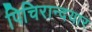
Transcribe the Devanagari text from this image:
पिचिरान्दयार